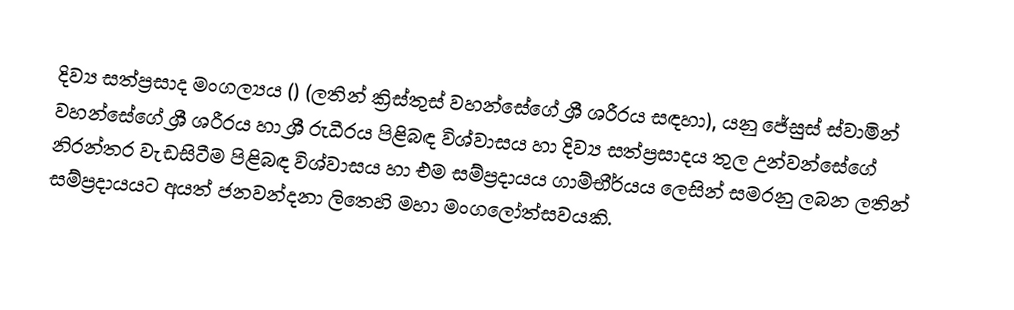
දිව්‍ය සත්ප්‍රසාද මංගල්‍යය () (ලතින් ක්‍රිස්තුස්  වහන්සේගේ ශ්‍රී ශරීරය සඳහා), යනු  ජේසුස් ස්වාමින් වහන්සේගේ  ශ්‍රී ශරීරය හා ශ්‍රී රුධීරය පිළිබඳ විශ්වාසය හා දිව්‍ය සත්ප්‍රසාදය තුල උන්වන්සේගේ නිරන්තර වැඩසිටීම පිළිබඳ විශ්වාසය හා එම සම්ප්‍රදායය ගාම්භීර්යය ලෙසින් සමරනු ලබන ලතින් සම්ප්‍රදායයට අයත් ජනවන්දනා ලිතෙහි   මහා මංගලෝත්සවයකි.